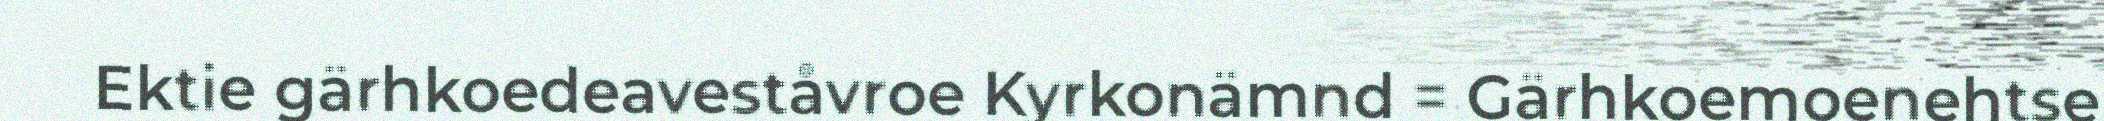
Ektie gärhkoedeaveståvroe Kyrkonämnd = Gärhkoemoenehtse